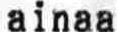
AINAA